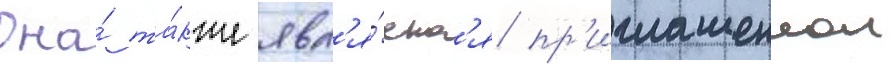
Она́ та́кже явл'я́етс'я пр'иглашеннои